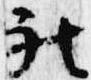
被